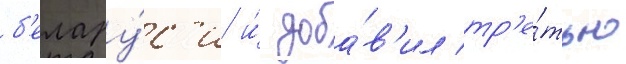
б'елару́с'и и́ доба́в'ил тр'е́тью